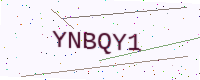
Text: YNBQY1